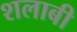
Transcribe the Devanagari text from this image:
शलाबी